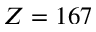
Z = 1 6 7